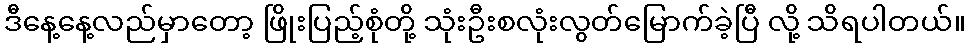
ဒီနေ့နေ့လည်မှာတော့ ဖြိုးပြည့်စုံတို့ သုံးဦးစလုံးလွတ်မြောက်ခဲ့ပြီ လို့ သိရပါတယ်။